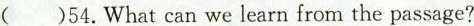
( )54.What can we learn from the passage?